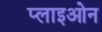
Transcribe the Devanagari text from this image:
प्लाइओन